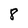
Character: 8